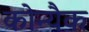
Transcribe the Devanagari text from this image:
कोन्यैक